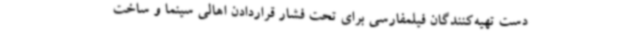
دست تهیه‌کنندگان فیلمفارسی برای تحت فشار قراردادن اهالی سینما و ساخت